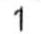
1